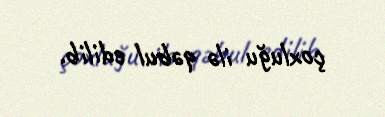
çoxluğu ilə qəbul edilib.